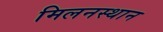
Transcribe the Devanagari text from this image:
मिलनस्थान